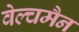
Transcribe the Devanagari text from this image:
वेल्चमैन